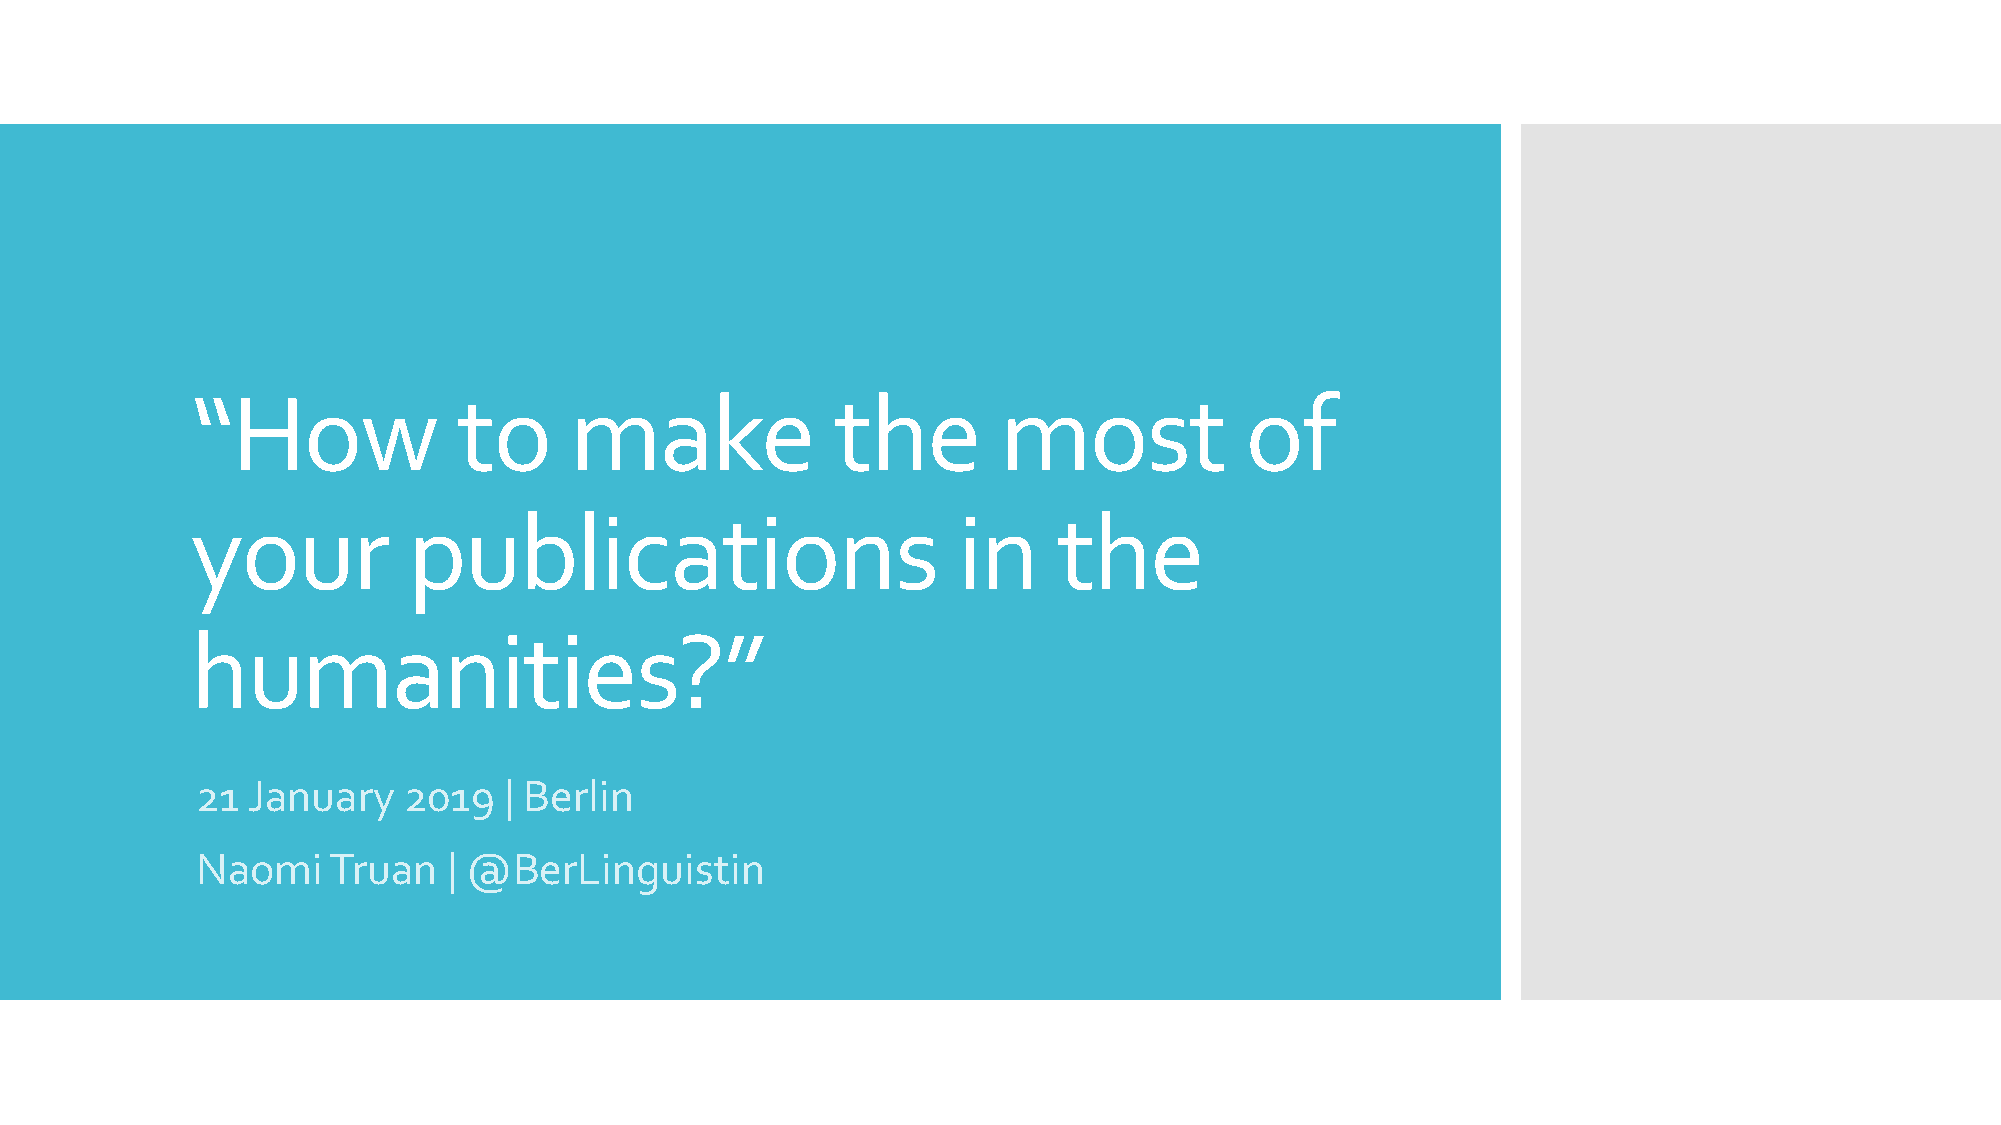
“How             to      make             the        most            of
 your          publications                        in     the
 humanities?”
 21 January    2019  | Berlin
 Naomi    Truan   | @BerLinguistin